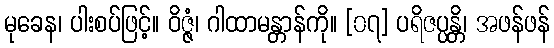
မုခေန၊ ပါးစပ်ဖြင့်။ ဝိဇ္ဇံ၊ ဂါထာမန္တာန်ကို။ [၀၇] ပရိဇပ္ပန္တိ၊ အဖန်ဖန်